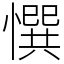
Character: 㦏